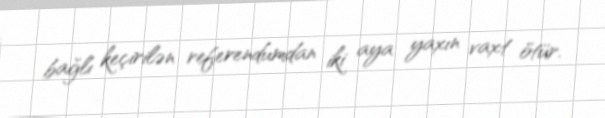
bağlı keçirilən referendumdan iki aya yaxın vaxt ötür.